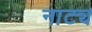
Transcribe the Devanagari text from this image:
नाट्य